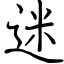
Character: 迷